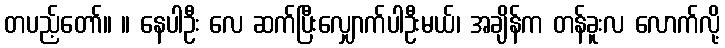
တပည့်တော်။ ။ နေပါဦး လေ ဆက်ပြီးလျှောက်ပါဦးမယ်၊ အချိန်က တန်ခူးလ လောက်လို့